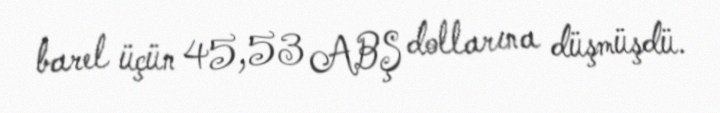
barel üçün 45,53 ABŞ dollarına düşmüşdü.